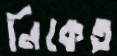
নিকেত